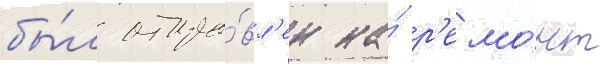
бы́л отпра́вл'ен на́ р'емо́нт